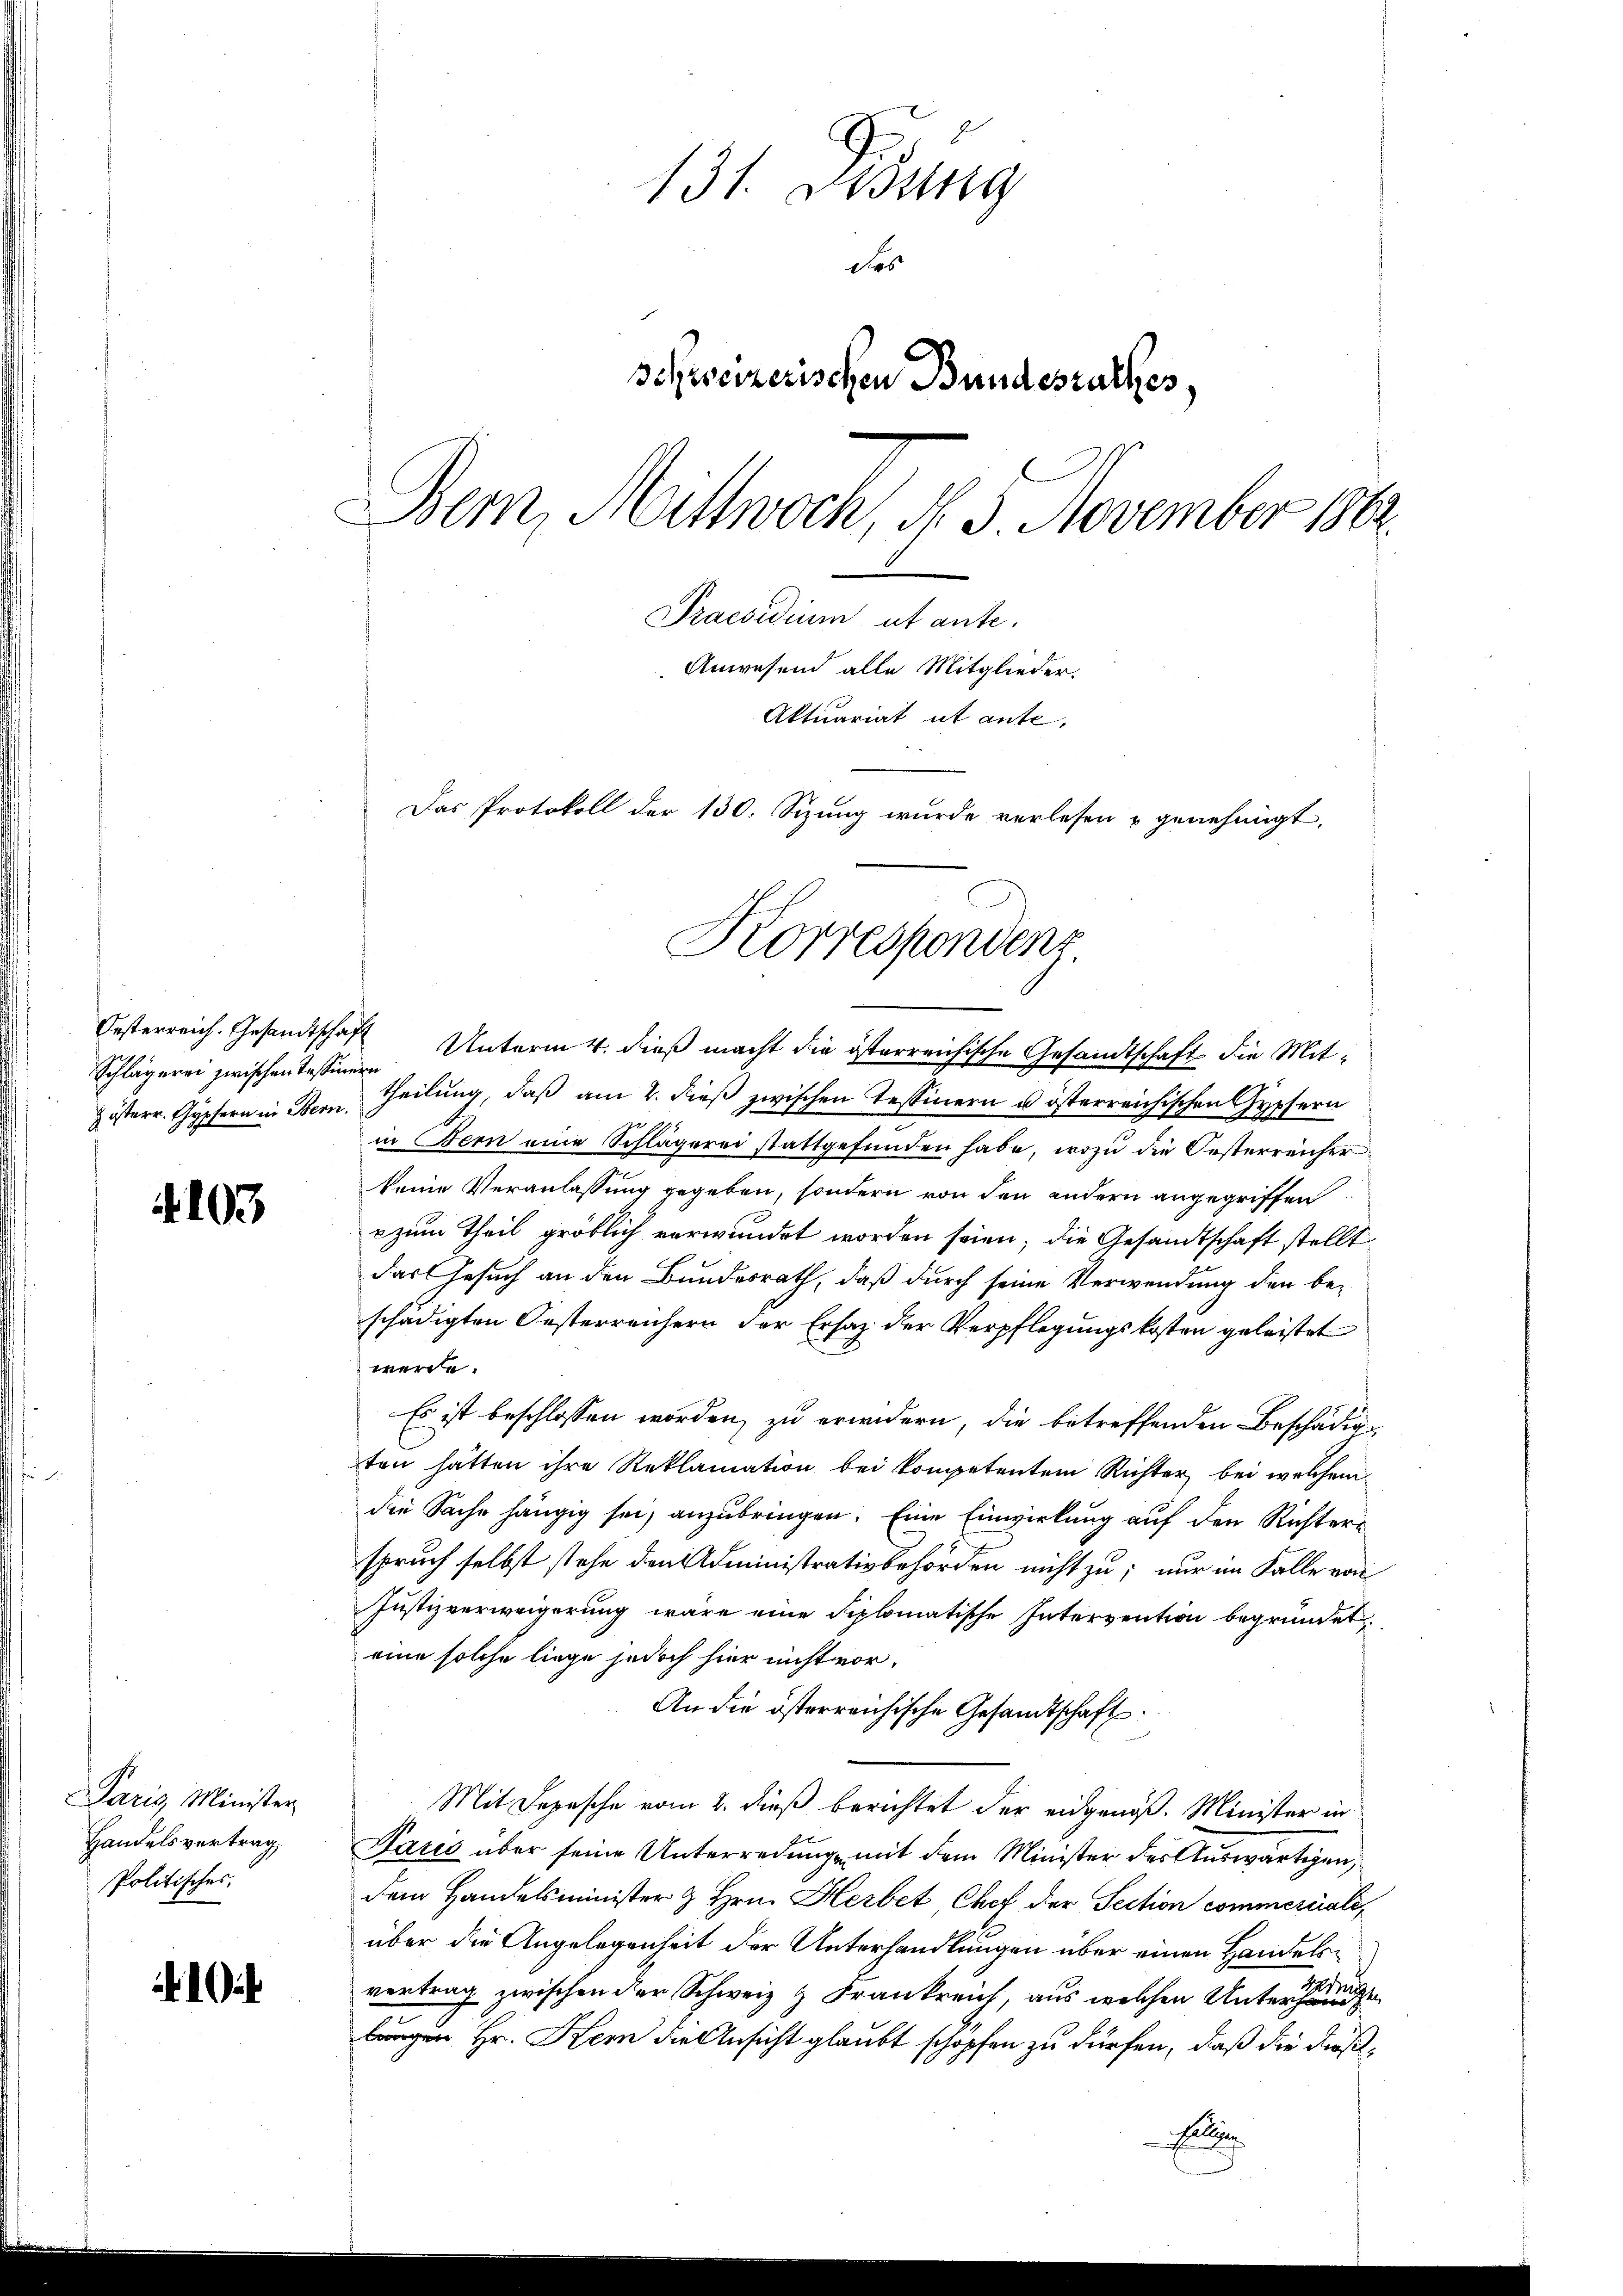
Schlägerei zwischen Tessinern

4103

Paris Minister
Handelsvertrag
Politisches.

131. Dessg
des
Schweizerischen Bundesrathes,
Bem, Mittwoch, d. 5. November 1862.
Praesidium ut ante.
Anwesend alle Mitglieder.
Aktuariat ut ante,
Das Protokoll der 130. Sizung wurde verlesen u genehmigt.

Oesterreich. Gesandtschaft Unterm 4. dieß macht die österreichische Gesandtschaft die Mit¬
Z österr. Gypfern in Bern Theilŭng, daβ am 2. dieβ zwischen Tessinern u österreichischen Gypfern
in Bern eine Schlägerei stattgefŭnden habe, wozu die Oesterreicher
keine Veranlassung gegeben, sondern von den andern angegriffen
 zum Theil gröblich verwundet worden seien; die Gesandtschaft stellt
das Gesuch an den Bundesrath, daß durch seine Verwendung den beschädigten Oesterreichern der Ersatz der Verpflegungskosten geleistet
werde.
Es ist beschlossen worden, zu erwidern, die betreffenden Beschädigten hätten ihre Reklamation bei kompetentem Richter bei welchem
die Sache hängig sei, anzubringen. Eine Einwirkung auf den Richterspruch selbst stehe den Administrativbehörden nicht zu; nur im Falle von
Justizverweigerung wäre eine diplomatische Intervention begründet,
eine solche liege jedoch hier nicht vor¬
An die österreichische Gesandtschaft
Mit Depesche vom 2. dieß berichtet der eidgenöß. Minister in
Paris über seine Unterredung mit dem Minister der Auswärtigen,
dem Handelsminister & Hrn. Herbet Chef der Section commerciali,
über die Angelegenheit der Unterhandlungen über einen Handelsvertrag zwischen der Schweiz & Frankreich, aus welchen Unterschienen ge
langen Hr. Kern die Ansicht glaubt schöpfen zu dürfen, daß die dießb

Korrespondenz.